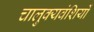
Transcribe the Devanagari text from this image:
चालुक्यवंशियों